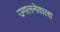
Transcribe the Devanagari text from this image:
उगलनेवाला